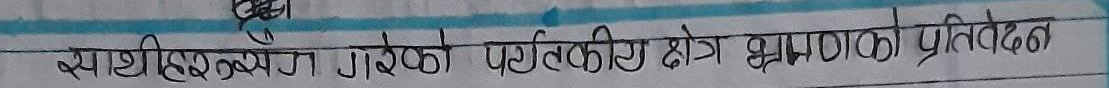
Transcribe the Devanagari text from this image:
राष्ट्रिय विभूति पार्कको पर्यटकीय क्षेत्र भ्रमणको प्रतिवेदन